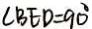
\angle B E D = 9 0 ^ { \circ }